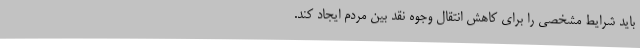
باید شرایط مشخصی را برای کاهش انتقال وجوه نقد بین مردم ایجاد کند.